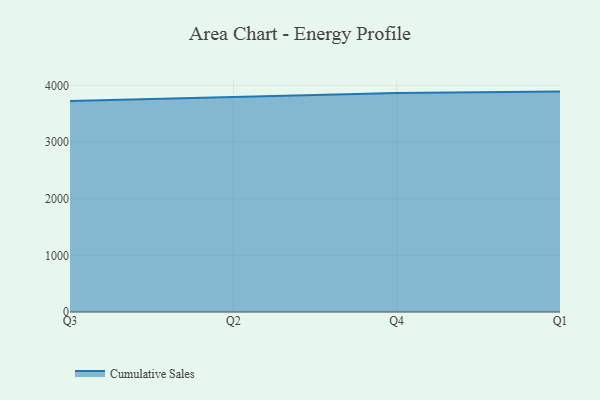
{"axis": {"x": "Quarter", "y": "Latency (ms)"}, "legend": ["Cumulative Sales"], "data": [{"x": "Q3", "y": 3722.1, "type": "Cumulative Sales"}, {"x": "Q2", "y": 3791.1, "type": "Cumulative Sales"}, {"x": "Q4", "y": 3866.9, "type": "Cumulative Sales"}, {"x": "Q1", "y": 3889.6, "type": "Cumulative Sales"}]}